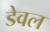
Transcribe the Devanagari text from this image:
डेवल